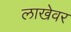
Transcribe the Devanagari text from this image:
लाखेवर